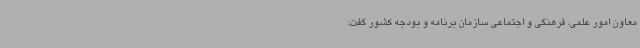
معاون امور علمی، فرهنگی و اجتماعی سازمان برنامه و بودجه کشور گفت: